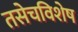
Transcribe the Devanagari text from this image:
तसेचविशेष